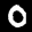
Label: 0